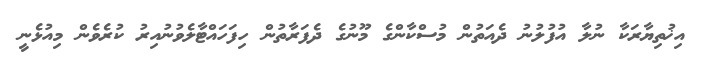
އިޚުތިޔާރަކާ ނުލާ އުފުލުނު ދެއަތުން މުސްކާންގެ މޫނުގެ ދެފަރާތުން ހިފަހައްޓާލެވުނުއިރު ކުރެވެން މިއުޅެނީ